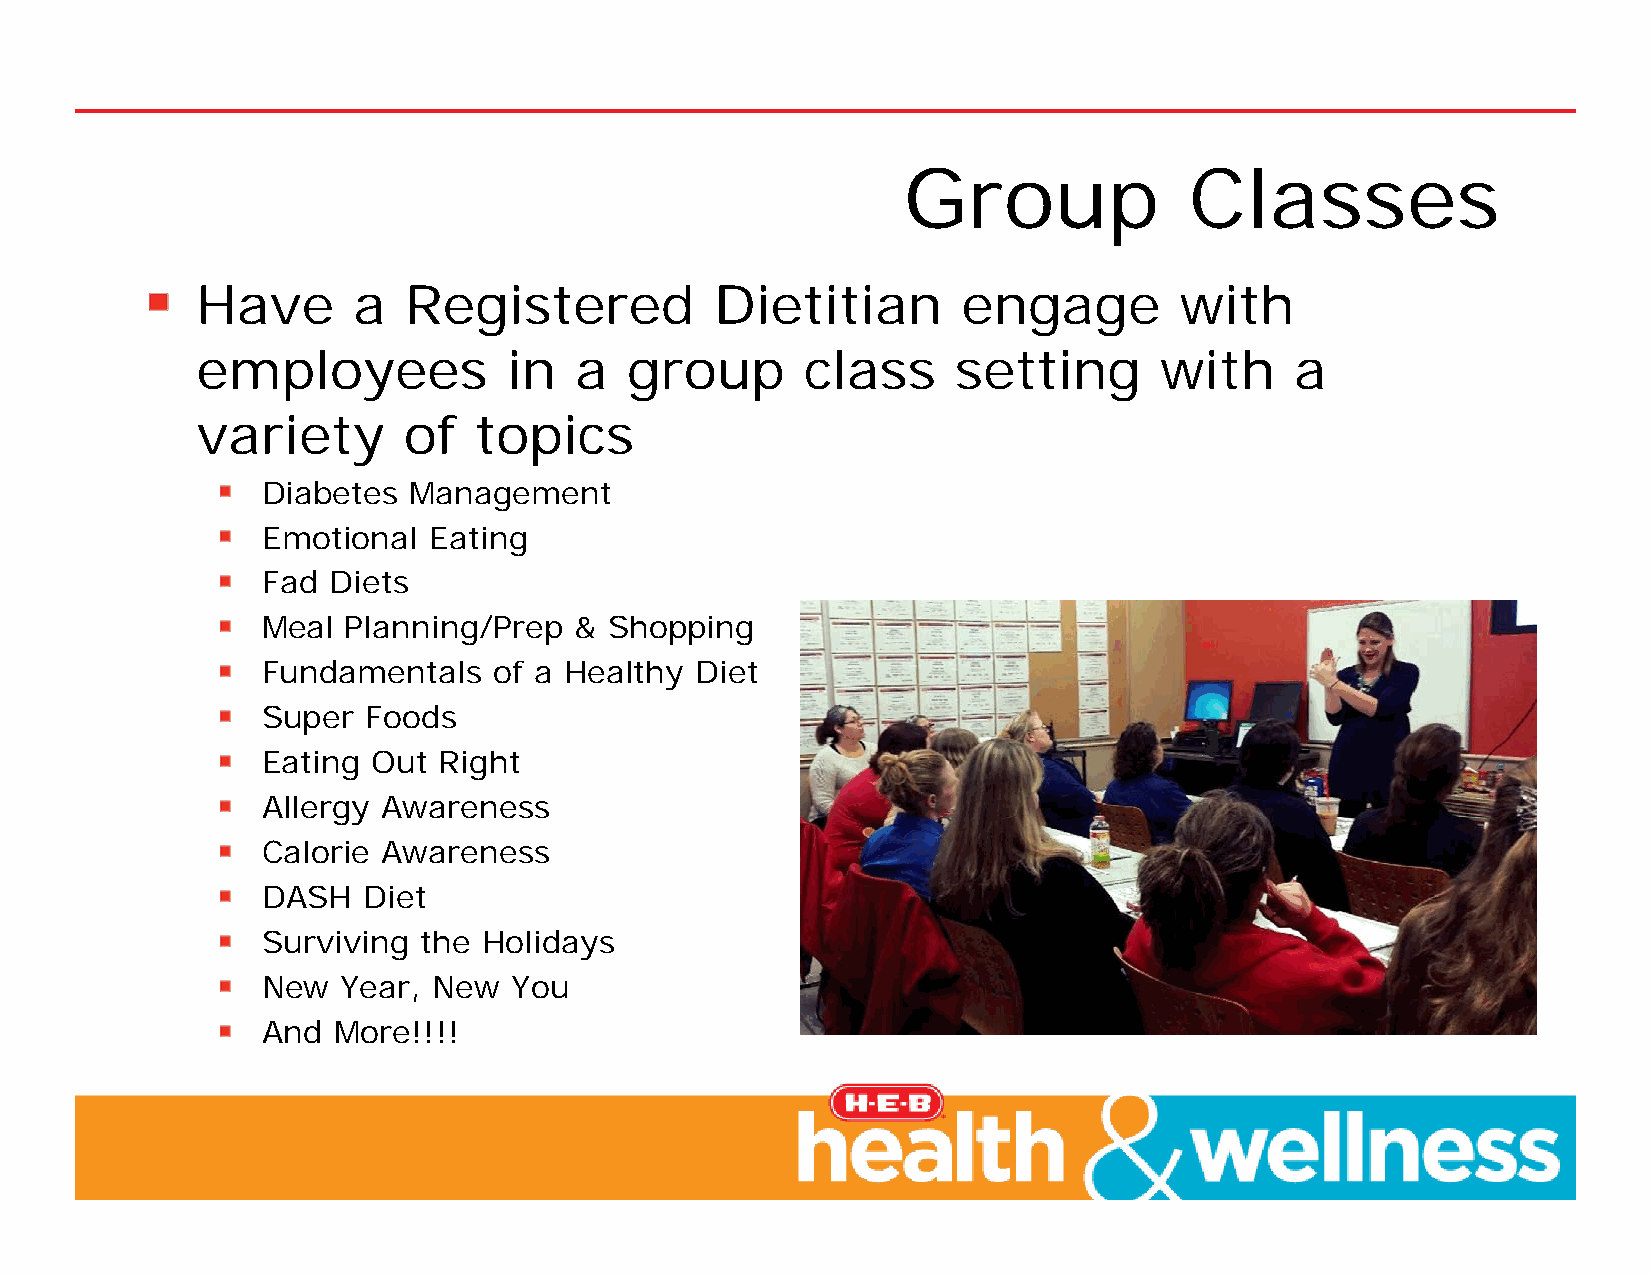
Group              Classes
 Have      a   Registered          Dietitian        engage        with
 employees            in  a  group       class     setting       with     a
 variety       of  topics
 Diabetes  Management
 Emotional  Eating
 Fad  Diets
 Meal  Planning/Prep  & Shopping
 Fundamentals    of a Healthy Diet
 Super  Foods
 Eating  Out Right
 Allergy Awareness
 Calorie Awareness
 DASH   Diet
 Surviving  the Holidays
 New   Year, New  You
 And  More!!!!